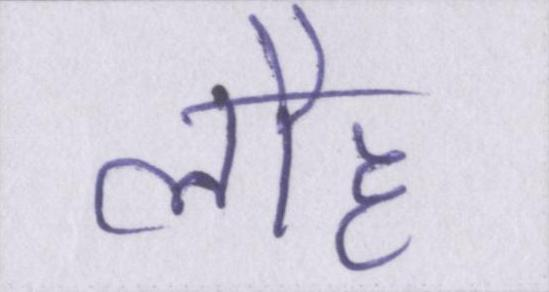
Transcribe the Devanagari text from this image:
लौह